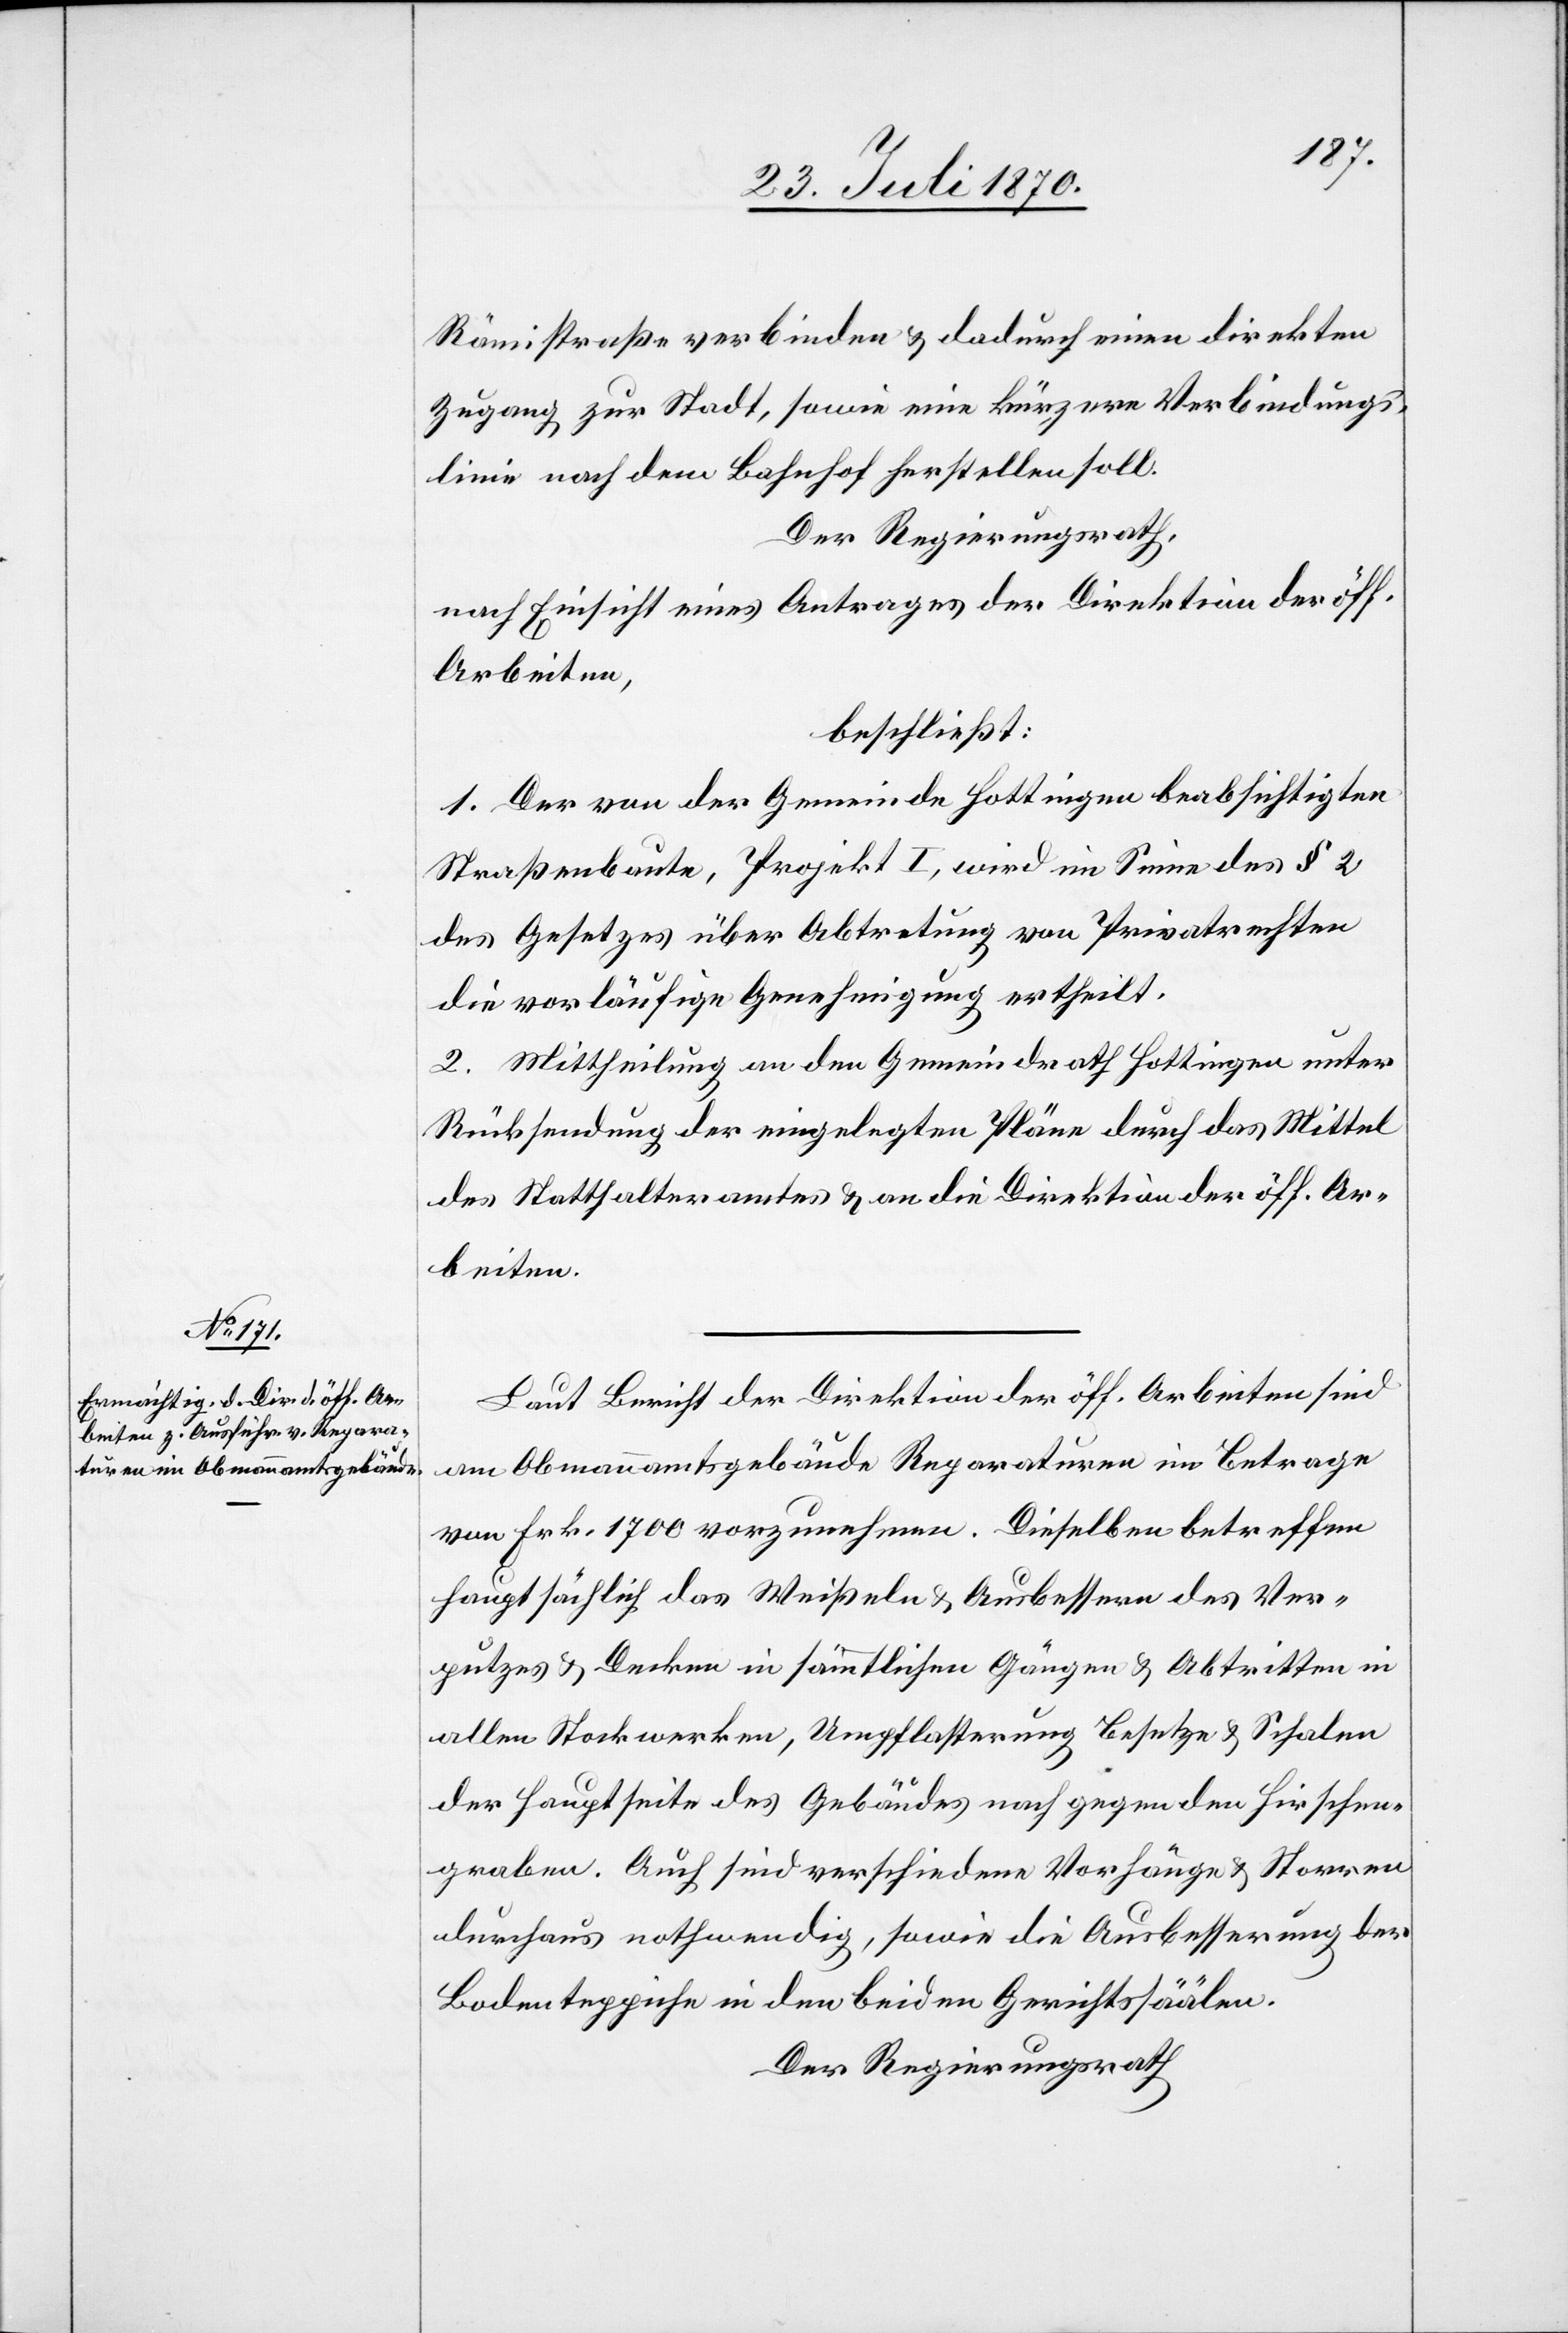
Rämistraße verbinden & dadurch einen direkten
Zugang zur Stadt, sowie eine kürzere Verbindungs¬
linie nach dem Bahnhof herstellen soll.
Der Regierungsrath,
nach Einsicht eines Antrages der Direktion der öff.
Arbeiten,
beschließt:
1. Der von der Gemeinde Hottingen beabsichtigten
Straßenbaute, Projekt I, wird im Sinne des § 2
des Gesetzes über Abtretung von Privatrechten
die vorläufige Genehmigung ertheilt.
2. Mittheilung an den Gemeindrath Hottingen unter
Rücksendung der eingelegten Pläne durch das Mittel
des Statthalteramtes & an die Direktion der öff. Ar¬
beiten.
Laut Bericht der Direktion der öff. Arbeiten sind
am Obmannamtsgebäude Reparaturen im Betrage
von Frk. 1700 vorzunehmen. Dieselben betreffend
hauptsächlich das Weißeln & Ausbessern des Ver¬
putzes & Decken in sämmtlichen Gängen & Abtritten in
allen Stockwerken, Umpflasterung, Besetze & Schalen
der Hauptseite des Gebäudes nach gegen den Hirschen¬
graben. Auch sind verschiedene Vorhänge & Storren
durchaus nothwendig, sowie die Ausbesserung der
Bodenteppiche in den beiden Gerichtssäälen.
Der Regierungsrath